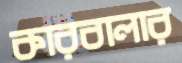
কারবালার